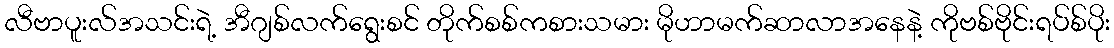
လီဗာပူးလ်အသင်းရဲ့ အီဂျစ်လက်ရွေးစင် တိုက်စစ်ကစားသမား မိုဟာမက်ဆာလာအနေနဲ့ ကိုဗစ်ဗိုင်းရပ်စ်ပိုး